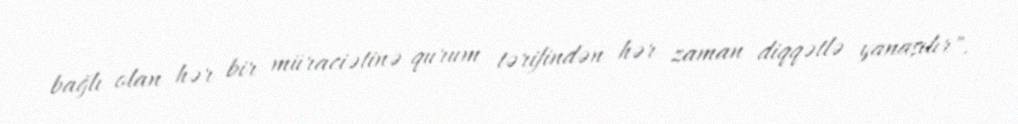
bağlı olan hər bir müraciətinə qurum tərifindən hər zaman diqqətlə yanaşılır".